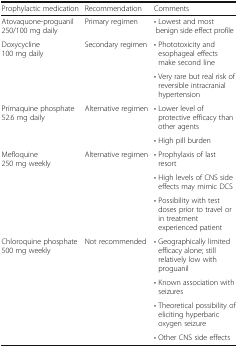
<table><thead><tr><td><b>Prophylactic medication</b></td><td><b>Recommendation</b></td><td><b>Comments</b></td></tr></thead><tbody><tr><td>Atovaquone-proguanil 250/100 mg daily</td><td>Primary regimen</td><td>• Lowest and most benign side effect profile</td></tr><tr><td rowspan="2">Doxycycline 100 mg daily</td><td rowspan="2">Secondary regimen</td><td>• Phototoxicity and esophageal effects make second line</td></tr><tr><td>• Very rare but real risk of reversible intracranial hypertension</td></tr><tr><td rowspan="2">Primaquine phosphate 52.6 mg daily</td><td rowspan="2">Alternative regimen</td><td>• Lower level of protective efficacy than other agents</td></tr><tr><td>• High pill burden</td></tr><tr><td rowspan="3">Mefloquine 250 mg weekly</td><td rowspan="3">Alternative regimen</td><td>• Prophylaxis of last resort</td></tr><tr><td>• High levels of CNS side effects may mimic DCS</td></tr><tr><td>• Possibility with test doses prior to travel or in treatment experienced patient</td></tr><tr><td rowspan="4">Chloroquine phosphate 500 mg weekly</td><td rowspan="4">Not recommended</td><td>• Geographically limited efficacy alone; still relatively low with proguanil</td></tr><tr><td>• Known association with seizures</td></tr><tr><td>• Theoretical possibility of eliciting hyperbaric oxygen seizure</td></tr><tr><td>• Other CNS side effects</td></tr></tbody></table>